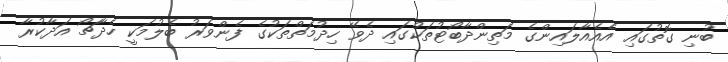
ބުނި ގޮތުގައި އެއެއާލައިންގެ މަތިންދާބޯޓުތަކުގައި ދެވޭ ހިދުމަތްތަކުގެ ފެންވަރު ބެލުމަކީ ހެދާޗޯ އަދާކުރާ